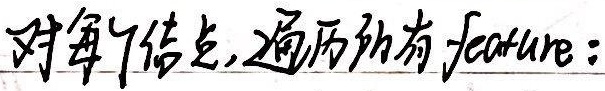
对每个结点,遍历所有 feature: